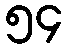
၅၄